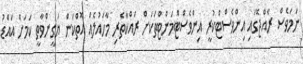
ނަމަވެސް ރާއްޖޭގައި އިންވެސްޓްކުރީ އިންވެސްޓްމަންޓްތަކަށް ރައްކާތެރި މާހައުލެއް އޮތްކަން ޔަގީންވާތީ ކަމަށް އައްޑު